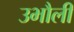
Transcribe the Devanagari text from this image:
उभौली